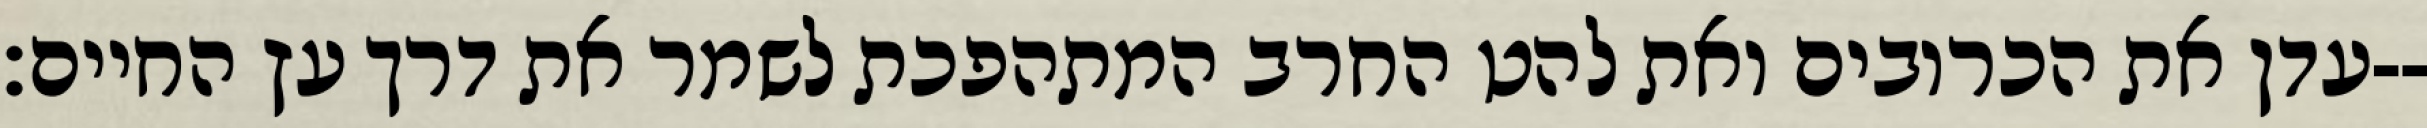
עדן את הכרובים ואת להט החרב המתהפכת לשמר את דרך עץ החיים׃--